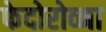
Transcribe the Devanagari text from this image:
फेदोरोव्ना